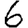
Digit: 6